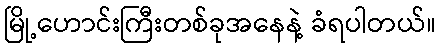
မြို့ဟောင်းကြီးတစ်ခုအနေနဲ့ ခံရပါတယ်။